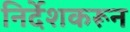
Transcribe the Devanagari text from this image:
निर्देशकरून